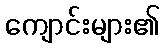
ကျောင်းများ၏